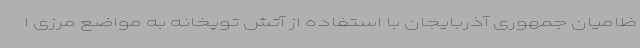
ظامیان جمهوری آذربایجان با استفاده از آتش توپخانه به مواضع مرزی ا